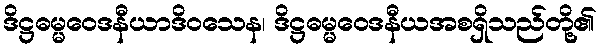
ဒိဋ္ဌဓမ္မဝေဒနီယာဒိဝသေန၊ ဒိဋ္ဌဓမ္မဝေဒနီယအစရှိသည်တို့၏